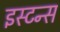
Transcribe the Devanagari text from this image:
इस्टन्स